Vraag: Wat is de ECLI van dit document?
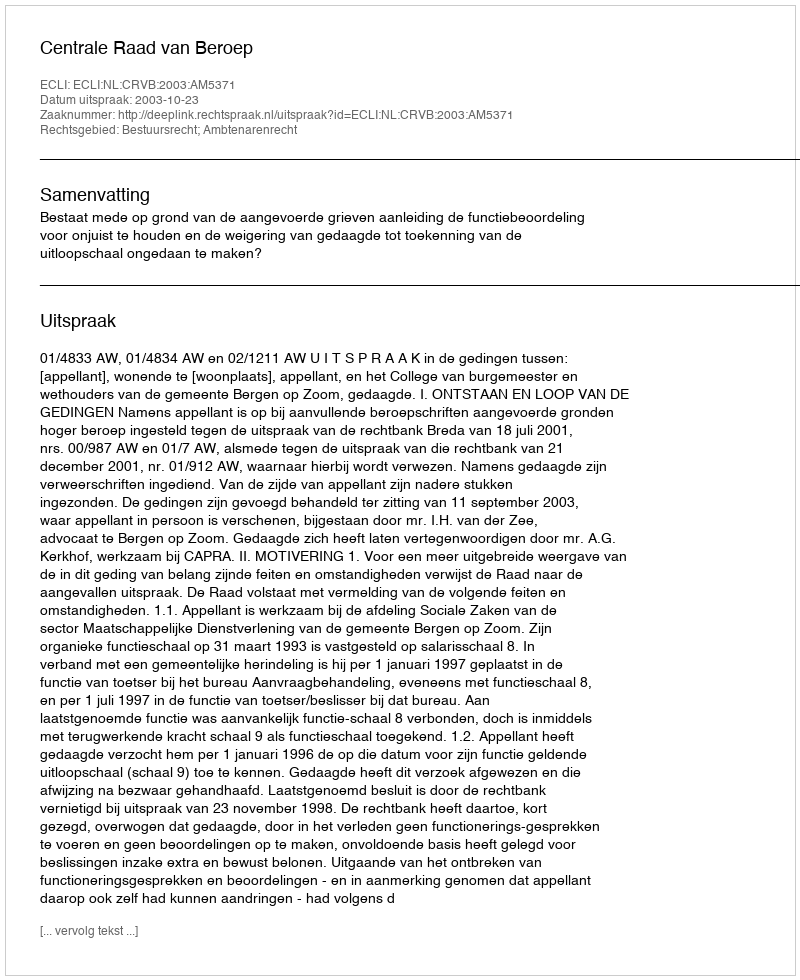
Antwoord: ECLI:NL:CRVB:2003:AM5371